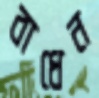
বাধেন